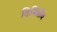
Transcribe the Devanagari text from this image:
दिमित्रोव